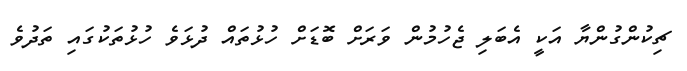
ޗިކުންގުންޔާ އަކީ އެބަލި ޖެހުމުން ވަރަށް ބޮޑަށް ހުޅުތައް ދުޅަވެ ހުޅުތަކުގައި ތަދުވެ